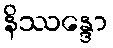
နိဿန္ဒော